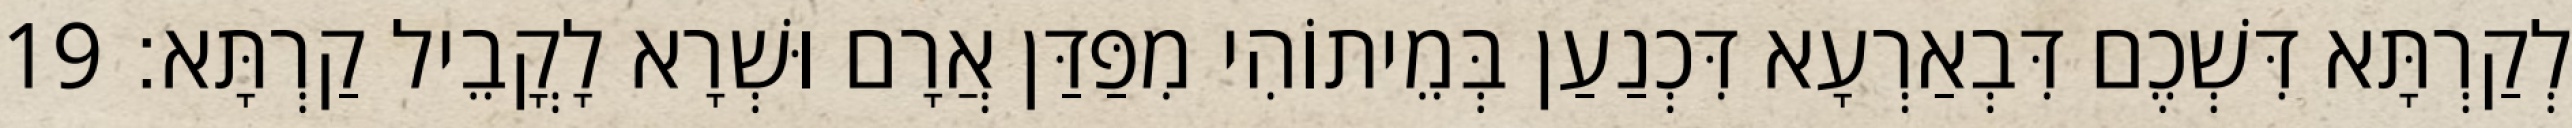
לְקַרְתָּא דִּשְׁכֶם דִּבְאַרְעָא דִּכְנַעַן בְּמֵיתוֹהִי מִפַּדַּן אֲרָם וּשְׁרָא לָקֳבֵיל קַרְתָּא׃ 19